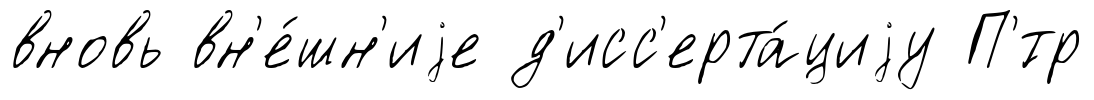
вновь вн'е́шн'иjе д'исс'ерта́циjу П'́тр